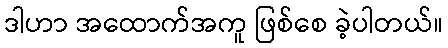
ဒါဟာ အထောက်အကူ ဖြစ်စေ ခဲ့ပါတယ်။